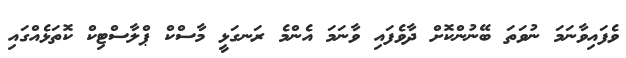
ވެފައިވާނަމަ ނުވަތަ ބޭނުންކޮށް ދާވެފައި ވާނަމަ އެންމެ ރަނގަޅީ މާސްކް ޕްލާސްޓިކް ކޮތަޅެއްގައި